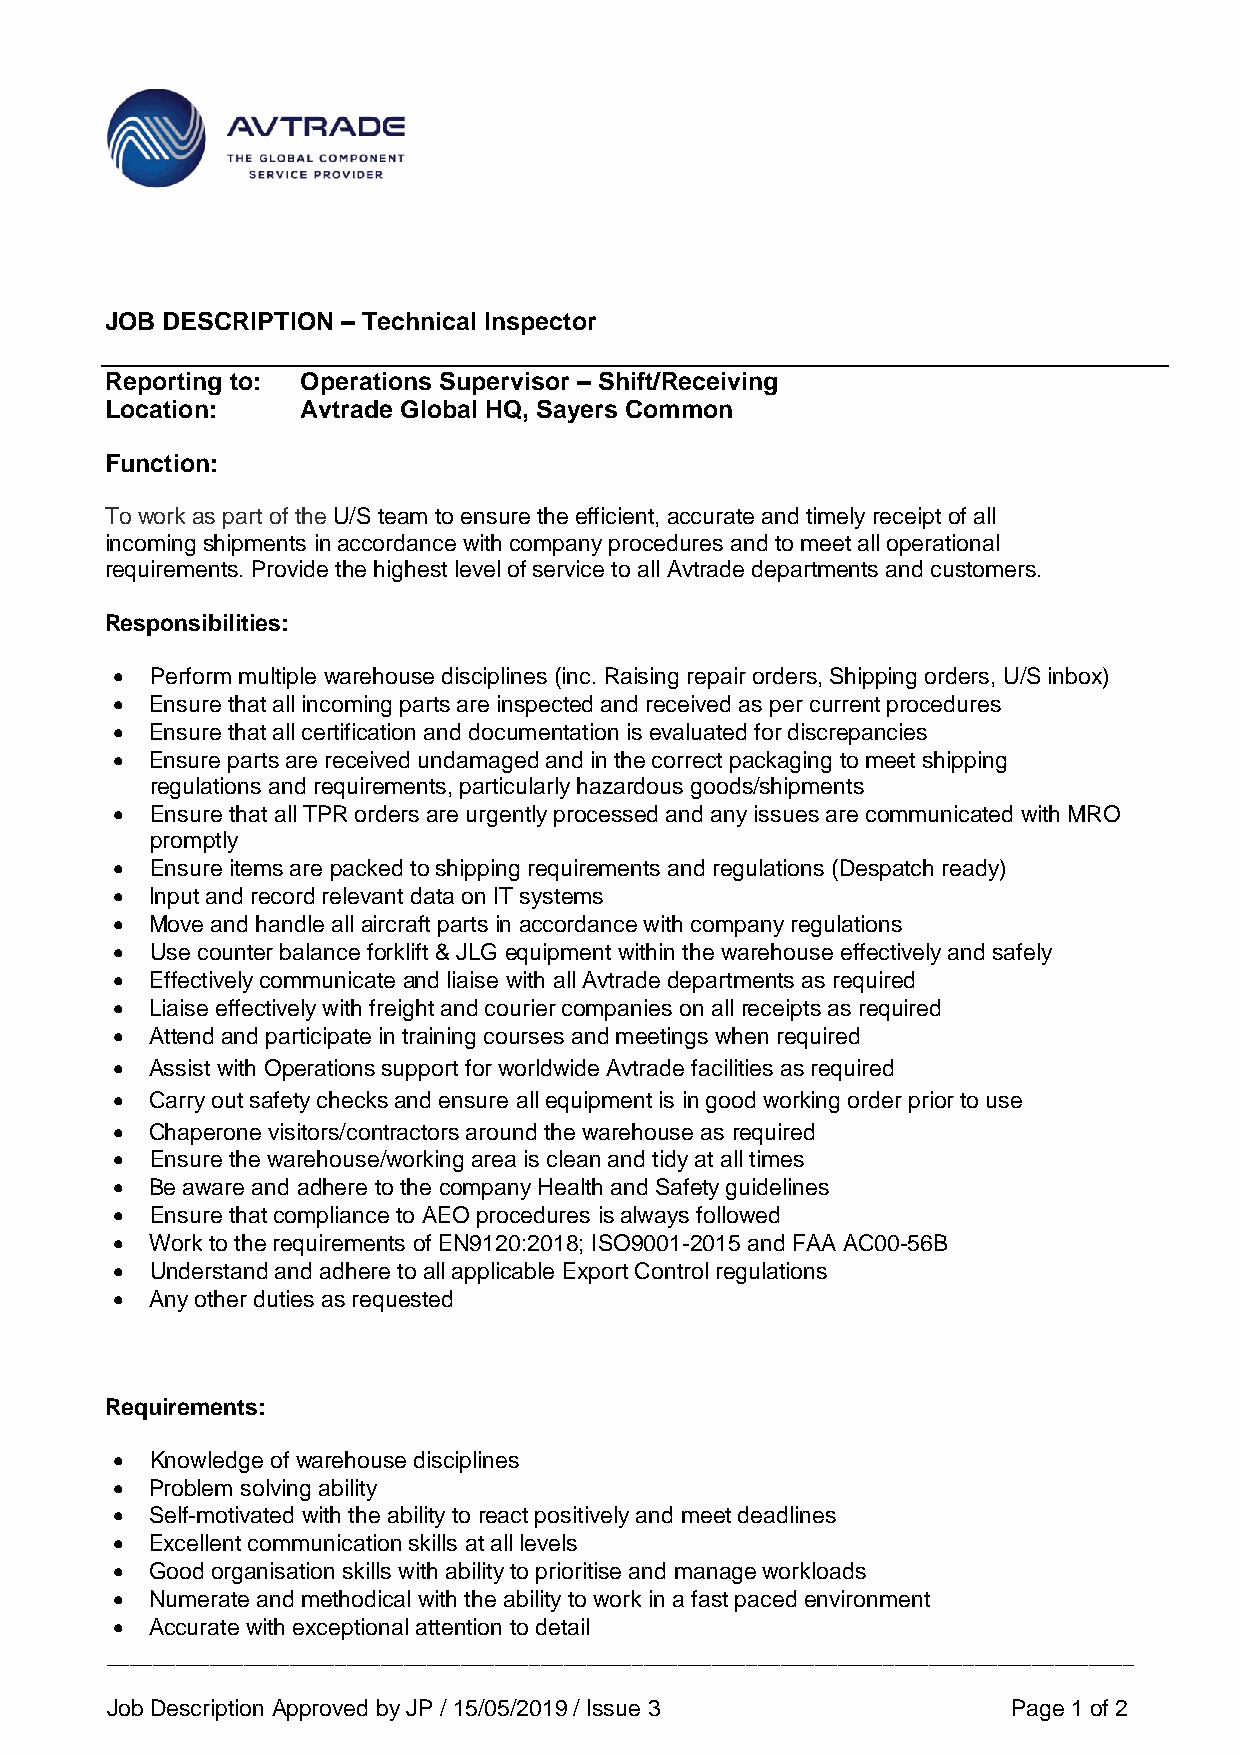
JOB DESCRIPTION – Technical Inspector
 Reporting to: Operations Supervisor – Shift/Receiving
 Location: Location: Avtrade Global HQ, Sayers Common
 Function:
 To work as part of the U/S team to ensure the efficient, accurate and timely receipt of all
 incoming shipments in accordance with company procedures and to meet all operational
 requirements. Provide the highest level of service to all Avtrade departments and customers.
 Responsibilities:
 •  Perform multiple warehouse disciplines (inc. Raising repair orders, Shipping orders, U/S inbox)
 •  Ensure that all incoming parts are inspected and received as per current procedures
 •  Ensure that all certification and documentation is evaluated for discrepancies
 •  Ensure parts are received undamaged and in the correct packaging to meet shipping
 regulations and requirements, particularly hazardous goods/shipments
 •  Ensure that all TPR orders are urgently processed and any issues are communicated with MRO
 promptly
 •  Ensure items are packed to shipping requirements and regulations (Despatch ready)
 •  Input and record relevant data on IT systems
 •  Move and handle all aircraft parts in accordance with company regulations
 •  Use counter balance forklift & JLG equipment within the warehouse effectively and safely
 •  Effectively communicate and liaise with all Avtrade departments as required
 •  Liaise effectively with freight and courier companies on all receipts as required
 •  Attend and participate in training courses and meetings when required
 •  Assist with Operations support for worldwide Avtrade facilities as required
 •  Carry out safety checks and ensure all equipment is in good working order prior to use
 •  Chaperone visitors/contractors around the warehouse as required
 •  Ensure the warehouse/working area is clean and tidy at all times
 •  Be aware and adhere to the company Health and Safety guidelines
 •  Ensure that compliance to AEO procedures is always followed
 •  Work to the requirements of EN9120:2018; ISO9001-2015 and FAA AC00-56B
 •  Understand and adhere to all applicable Export Control regulations
 •  Any other duties as requested
 Requirements:
 •  Knowledge of warehouse disciplines
 •  Problem solving ability
 •  Self-motivated with the ability to react positively and meet deadlines
 •  Excellent communication skills at all levels
 •  Good organisation skills with ability to prioritise and manage workloads
 •  Numerate and methodical with the ability to work in a fast paced environment
 •  Accurate with exceptional attention to detail
 __________________________________________________________________________________________
 Job Description Approved by JP / 15/05/2019 / Issue 3       Page 1 of 2